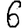
Digit: 6